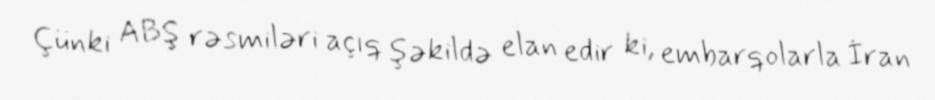
Çünki ABŞ rəsmiləri açıq şəkildə elan edir ki, embarqolarla İran